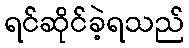
ရင်ဆိုင်ခဲ့ရသည်